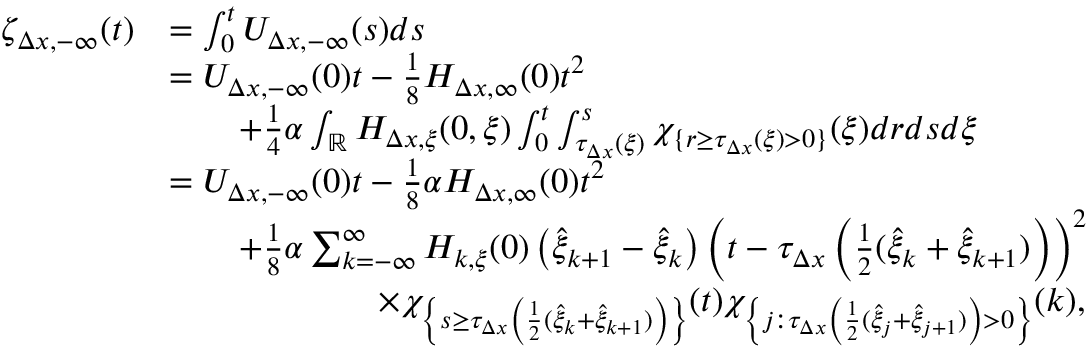
\begin{array} { r l } { \zeta _ { \Delta x , - \infty } ( t ) } & { = \int _ { 0 } ^ { t } U _ { \Delta x , - \infty } ( s ) d s } \\ & { = U _ { \Delta x , - \infty } ( 0 ) t - \frac { 1 } { 8 } H _ { \Delta x , \infty } ( 0 ) t ^ { 2 } } \\ & { \qquad + \frac { 1 } { 4 } \alpha \int _ { \mathbb { R } } H _ { \Delta x , \xi } ( 0 , \xi ) \int _ { 0 } ^ { t } \int _ { \tau _ { \Delta x } ( \xi ) } ^ { s } \chi _ { \{ r \geq \tau _ { \Delta x } ( \xi ) > 0 \} } ( \xi ) d r d s d \xi } \\ & { = U _ { \Delta x , - \infty } ( 0 ) t - \frac { 1 } { 8 } \alpha H _ { \Delta x , \infty } ( 0 ) t ^ { 2 } } \\ & { \qquad + \frac { 1 } { 8 } \alpha \sum _ { k = - \infty } ^ { \infty } H _ { k , \xi } ( 0 ) \left( \hat { \xi } _ { k + 1 } - \hat { \xi } _ { k } \right) \left( t - \tau _ { { \Delta x } } \left( \frac 1 2 ( \hat { \xi } _ { k } + \hat { \xi } _ { k + 1 } ) \right) \right) ^ { 2 } } \\ & { \qquad \qquad \qquad \times \chi _ { \left\{ s \geq \tau _ { \Delta x } \left( \frac 1 2 ( \hat { \xi } _ { k } + \hat { \xi } _ { k + 1 } ) \right) \right\} } ( t ) \chi _ { \left\{ j : \tau _ { \Delta x } \left( \frac 1 2 ( \hat { \xi } _ { j } + \hat { \xi } _ { j + 1 } ) \right) > 0 \right\} } ( k ) , } \end{array}